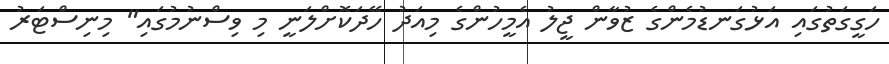
ހަގީގަތުގައި އަޅުގަނޑުމެންގެ ޒުވާން ޖީލު އެމީހުންގެ މިއަދު ހޭދަކޮށްލަނީ މި ވިސްނުމުގައި" މިނިސްޓަރު